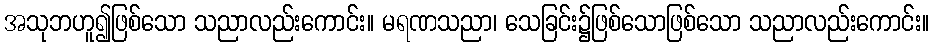
အသုဘဟူ၍ဖြစ်သော သညာလည်းကောင်း။ မရဏသညာ၊ သေခြင်း၌ဖြစ်သောဖြစ်သော သညာလည်းကောင်း။